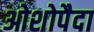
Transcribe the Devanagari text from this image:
ओशोपैदा